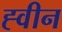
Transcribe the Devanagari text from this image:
ह्वीन